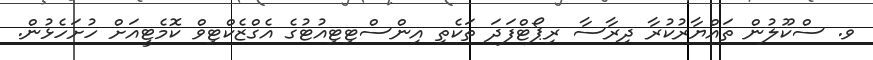
ވ. ސްކޫލުން ތައްޔާރުކުރާ ދިރާސާ ރިޕޯޓްފަދަ ތަކެތި އިންސްޓިޓިއުޓުގެ އެގްޒެކްޓިވް ކޮމެޓީއަށް ހުށަހެޅުން.